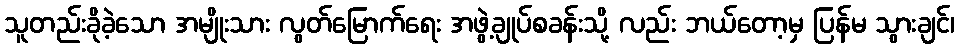
သူတည်းခိုခဲ့သော အမျိုးသား လွတ်မြောက်ရေး အဖွဲ့ချုပ်စခန်းသို့ လည်း ဘယ်တော့မှ ပြန်မ သွားချင်၊